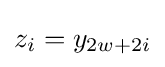
z_{i}=y_{2w+2i}